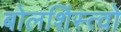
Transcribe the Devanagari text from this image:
बोलशिंस्त्वो